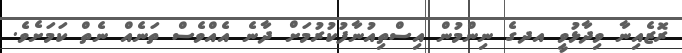
ރޮޒެއިނާ ވިދާޅުވީ އދގެ ނިންމުން އިސްތިއުނާފުކުރުމަށް ދާނެ އެއްވެސް ތަނެއް ނެތް ކަމަށެވެ.